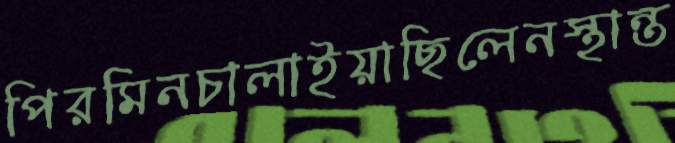
পিরমিনচালাইয়াছিলেনস্থান্ত